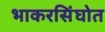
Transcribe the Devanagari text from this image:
भाकरसिंघोत